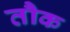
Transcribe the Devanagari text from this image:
तौक